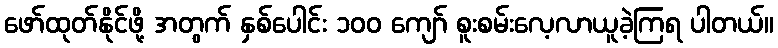
ဖော်ထုတ်နိုင်ဖို့ အတွက် နှစ်ပေါင်း ၁၀၀ ကျော် စူးစမ်းလေ့လာယူခဲ့ကြရ ပါတယ်။